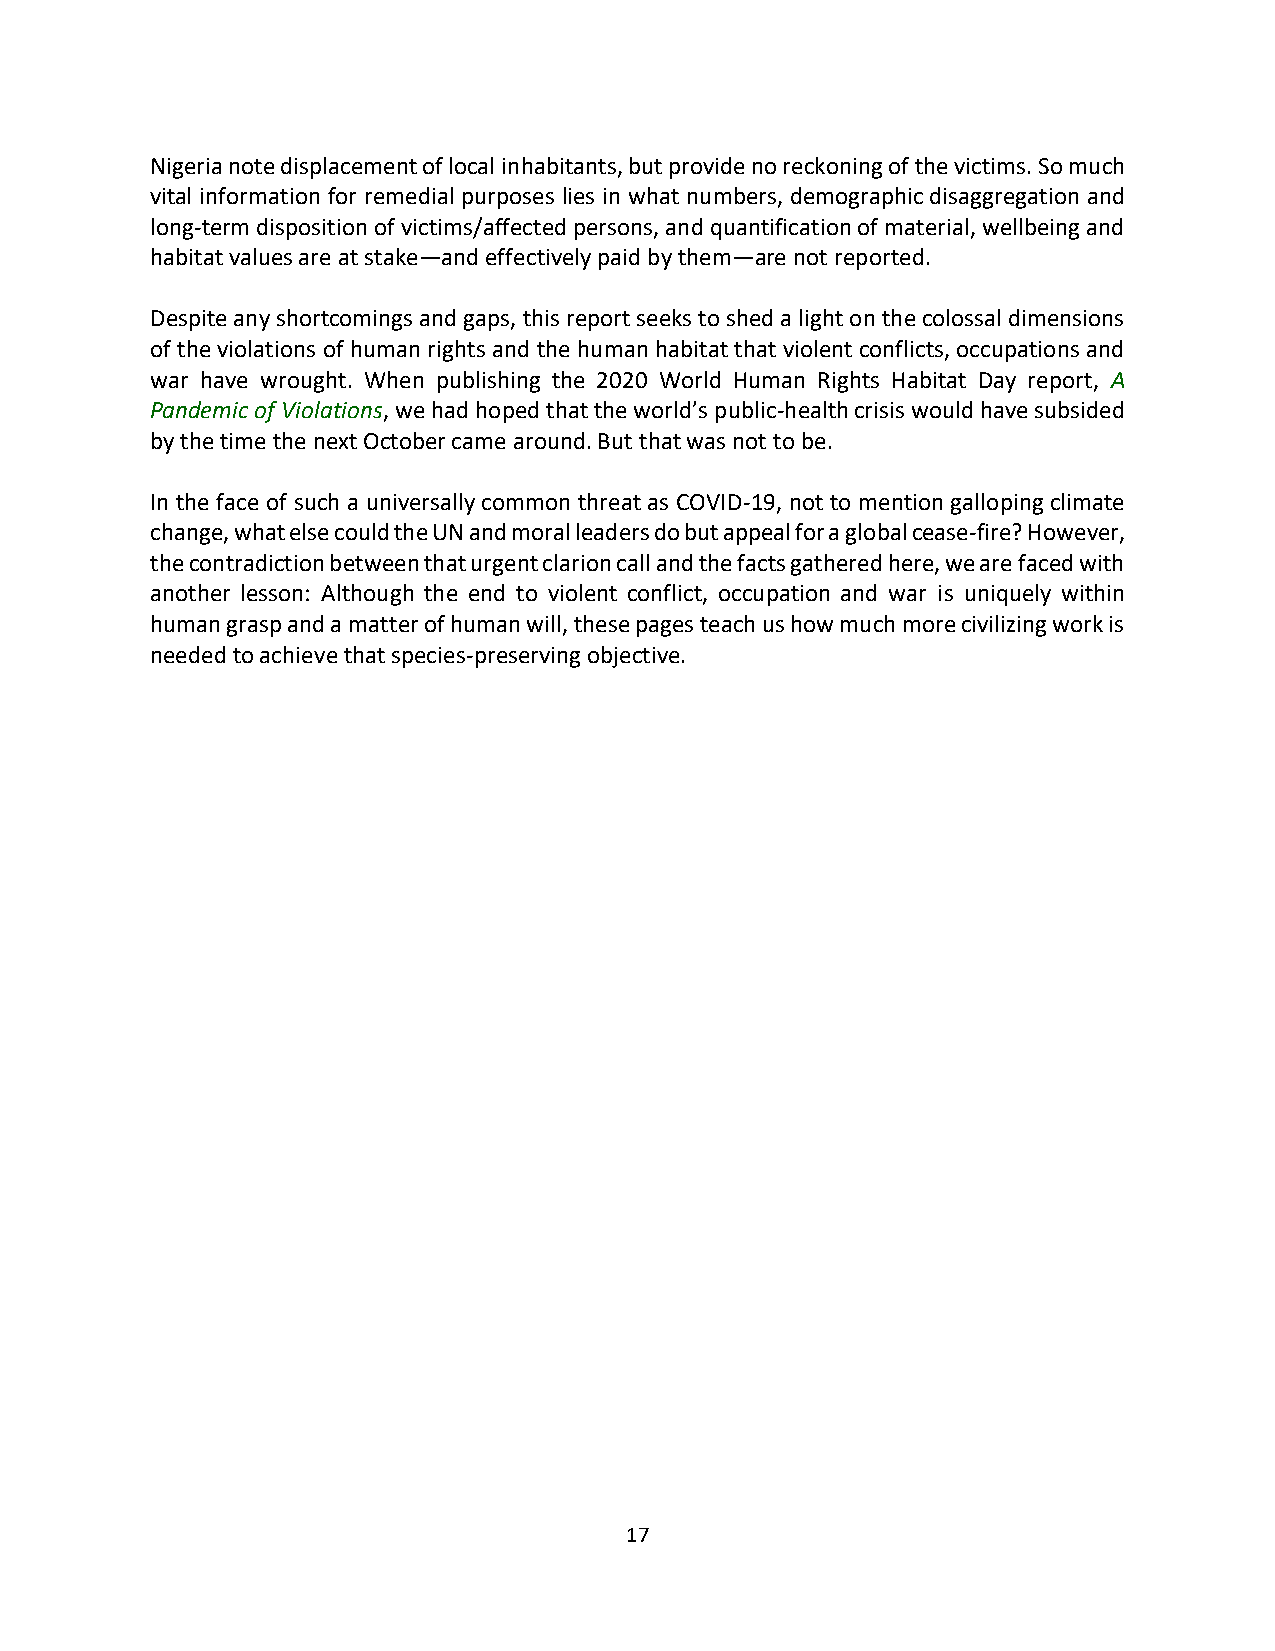
Nigeria note displacement of local inhabitants, but provide no reckoning of the victims. So much
 vital information for remedial purposes lies in what numbers, demographic disaggregation and
 long-term disposition of victims/affected persons, and quantification of material, wellbeing and
 habitat values are at stake—and effectively paid by them—are not reported.
 Despite any shortcomings and gaps, this report seeks to shed a light on the colossal dimensions
 of the violations of human rights and the human habitat that violent conflicts, occupations and
 war have wrought. When publishing the 2020 World Human Rights Habitat Day report, A
 Pandemic of Violations, we had hoped that the world’s public-health crisis would have subsided
 by the time the next October came around. But that was not to be.
 In the face of such a universally common threat as COVID-19, not to mention galloping climate
 change, what else could the UN and moral leaders do but appeal for a global cease-fire? However,
 the contradiction between that urgent clarion call and the facts gathered here, we are faced with
 another lesson: Although the end to violent conflict, occupation and war is uniquely within
 human grasp and a matter of human will, these pages teach us how much more civilizing work is
 needed to achieve that species-preserving objective.
 17